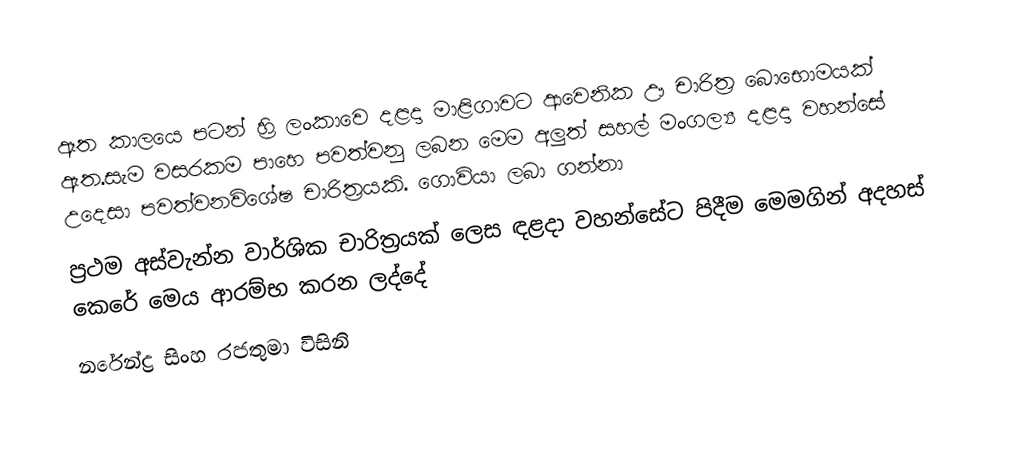
ඈත කාලයෙ පටන් හ්‍රි ලංකාවෙ දළදා මාළිගාවට ආවෙනික ඌ චාරිත්‍ර බොභොමයක් ඇත.සැම වසරකම පාහෙ පවත්වනු ලබන මෙම අලුත් සහල් මංගල්‍ය දළදා වහන්සේ උදෙසා පවත්වනවිශේෂ චාරිත්‍රයකි. ගොවියා ලබා ගන්නා
ප්‍රථම අස්වැන්න වාර්ශික චාරිත්‍රයක් ලෙස ඳළදා වහන්සේට පිදීම මෙමගින් අදහස් කෙරේ මෙය ආරම්භ කරන ලද්දේ
නරේන්ද්‍ර සිංහ රජතුමා විසිනි